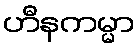
ဟီနကမ္မာ